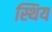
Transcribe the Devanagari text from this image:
स्थिय